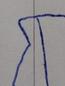
Signature authenticity: forged